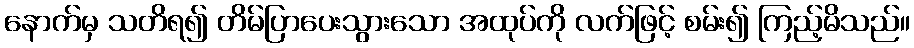
နောက်မှ သတိရ၍ တိမ်ပြာပေးသွားသော အထုပ်ကို လက်ဖြင့် စမ်း၍ ကြည့်မိသည်။